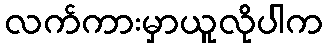
လက်ကားမှာယူလိုပါက